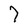
Character: 7